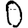
Digit: 0